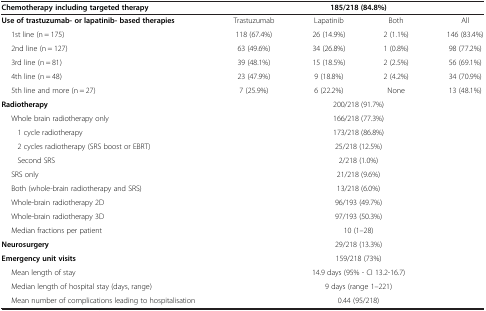
| Chemotherapy including targeted therapy | <COLSPAN=4> 185/218 (84.8%) |
 | --- | --- | --- | --- | --- |
 | Use of trastuzumab- or lapatinib- based therapies | Trastuzumab | Lapatinib | Both | All |
 | 1st line (n = 175) | 118 (67.4%) | 26 (14.9%) | 2 (1.1%) | 146 (83.4%) |
 | 2nd line (n = 127) | 63 (49.6%) | 34 (26.8%) | 1 (0.8%) | 98 (77.2%) |
 | 3rd line (n = 81) | 39 (48.1%) | 15 (18.5%) | 2 (2.5%) | 56 (69.1%) |
 | 4th line (n = 48) | 23 (47.9%) | 9 (18.8%) | 2 (4.2%) | 34 (70.9%) |
 | 5th line and more (n = 27) | 7 (25.9%) | 6 (22.2%) | None | 13 (48.1%) |
 | Radiotherapy | <COLSPAN=4> 200/218 (91.7%) |
 | Whole brain radiotherapy only | <COLSPAN=4> 166/218 (77.3%) |
 | 1 cycle radiotherapy | <COLSPAN=4> 173/218 (86.8%) |
 | 2 cycles radiotherapy (SRS boost or EBRT) | <COLSPAN=4> 25/218 (12.5%) |
 | Second SRS | <COLSPAN=4> 2/218 (1.0%) |
 | SRS only | <COLSPAN=4> 21/218 (9.6%) |
 | Both (whole-brain radiotherapy and SRS) | <COLSPAN=4> 13/218 (6.0%) |
 | Whole-brain radiotherapy 2D | <COLSPAN=4> 96/193 (49.7%) |
 | Whole-brain radiotherapy 3D | <COLSPAN=4> 97/193 (50.3%) |
 | Median fractions per patient | <COLSPAN=4> 10 (1–28) |
 | Neurosurgery | <COLSPAN=4> 29/218 (13.3%) |
 | Emergency unit visits | <COLSPAN=4> 159/218 (73%) |
 | Mean length of stay | <COLSPAN=4> 14.9 days (95% - CI 13.2-16.7) |
 | Median length of hospital stay (days, range) | <COLSPAN=4> 9 days (range 1–221) |
 | Mean number of complications leading to hospitalisation | <COLSPAN=4> 0.44 (95/218) |